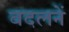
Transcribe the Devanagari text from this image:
बदलनें